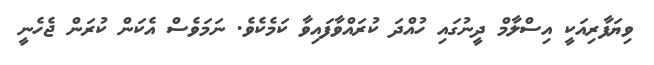
ވިޔަފާރިއަކީ އިސްލާމް ދީނުގައި ހުއްދަ ކުރައްވާފައިވާ ކަމެކެވެ. ނަމަވެސް އެކަން ކުރަން ޖެހެނީ